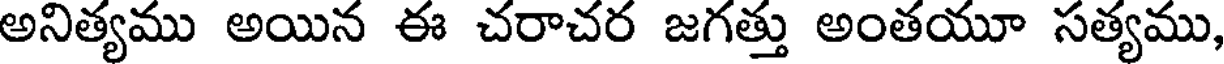
అనిత్యము అయిన ఈ చరాచర జగత్తు అంతయూ సత్యము,